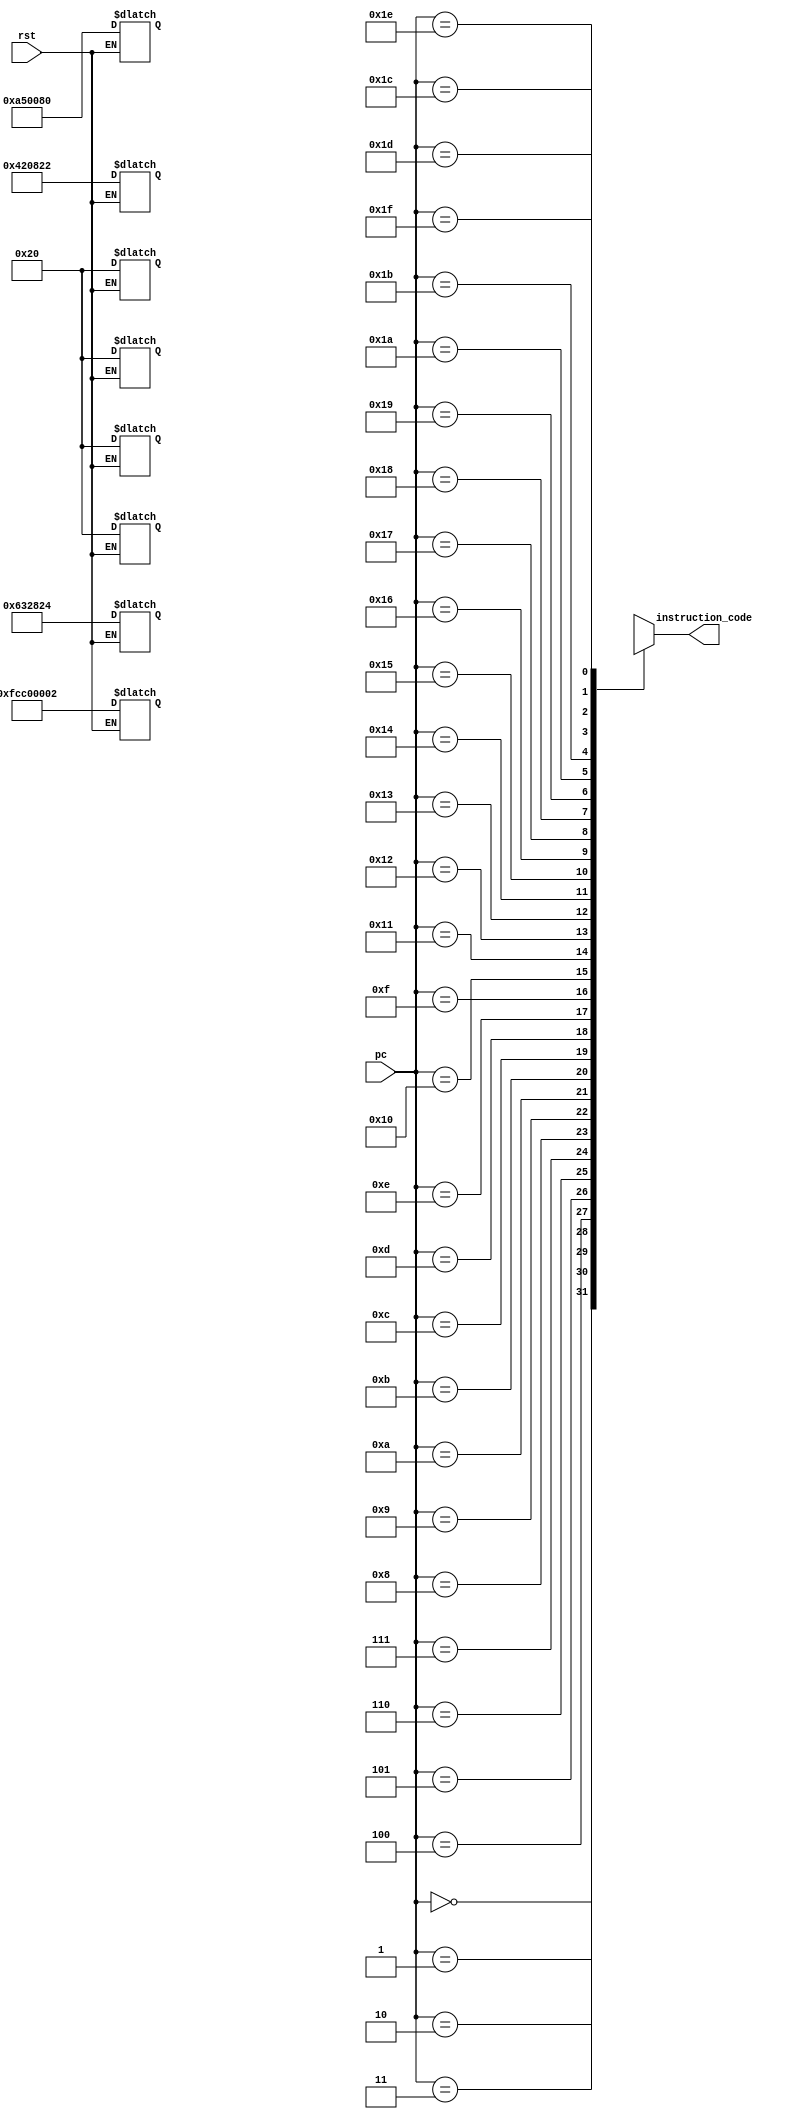
`timescale 1ns / 1ps
//////////////////////////////////////////////////////////////////////////////////
// Company: 
// Engineer: 
// 
// Design Name: 
// Module Name:    instr_memory 
// Project Name: 
// Target Devices: 
// Tool versions: 
// Description: 
//
// Dependencies: 
//
// Revision: 
// Revision 0.01 - File Created
// Additional Comments: 
//
//////////////////////////////////////////////////////////////////////////////////
module instr_memory(
    input [4:0] pc,
	 input rst,
    output [31:0] instruction_code
    );
	
	reg [31:0] Mem [31:0];
	
	always@(rst)
	begin
		if(rst == 1)
		begin
			Mem[0] <=  32'b00000000000000000000000000100000;
			Mem[4] <=  32'b00000000010000100000100000100010;
			Mem[8] <=  32'b00000000011000110010100000100100;
			Mem[12] <= 32'b00000000101001010000000010000000;
			Mem[16] <= 32'b11111100110000000000000000000010;
			Mem[20] <= 32'b00000000000000000000000000100000;
			Mem[24] <= 32'b00000000000000000000000000100000;
			Mem[28] <= 32'b00000000000000000000000000100000;
		end
	end 
	
	assign instruction_code = {Mem[pc]};

endmodule